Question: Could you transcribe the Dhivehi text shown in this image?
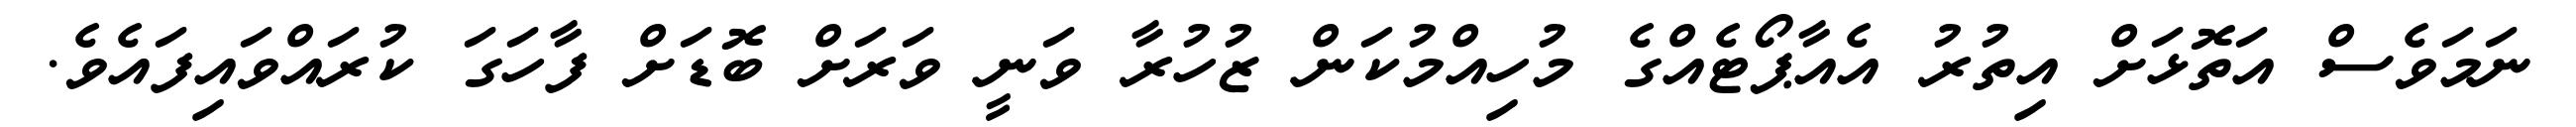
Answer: ނަމަވެސް އަތޮޅަށް އިތުރު އެއާޕޯޓެއްގެ މުހިއްމުކަން ޒުހުރާ ވަނީ ވަރަށް ބޮޑަށް ފާހަގަ ކުރައްވައިފައެވެ.